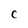
Character: C